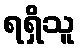
ရရှိသူ